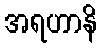
အရဟာနိ